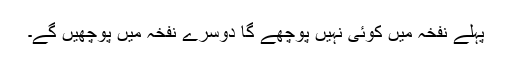
پہلے نفخہ میں کوئی نہیں پوچھے گا دوسرے نفخہ میں پوچھیں گے۔